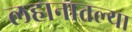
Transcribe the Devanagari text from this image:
लहानातल्या